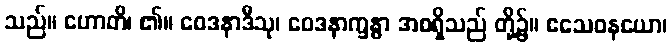
သည်။ ဟောတိ၊ ၏။ ဝေဒနာဒီသု၊ ဝေဒနာက္ခန္ဓာ အစရှိသည် တို့၌။ ဧသေဝနယော၊